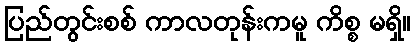
ပြည်တွင်းစစ် ကာလတုန်းကမူ ကိစ္စ မရှိ။